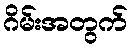
ဂိမ်းအတွက်